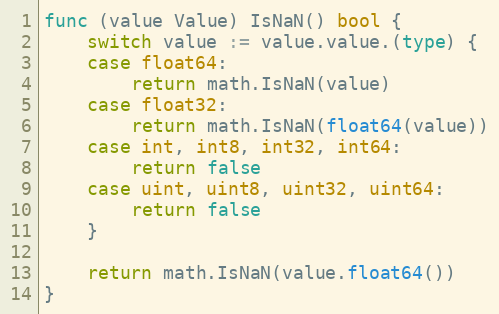
Language: Go
func (value Value) IsNaN() bool {
	switch value := value.value.(type) {
	case float64:
		return math.IsNaN(value)
	case float32:
		return math.IsNaN(float64(value))
	case int, int8, int32, int64:
		return false
	case uint, uint8, uint32, uint64:
		return false
	}

	return math.IsNaN(value.float64())
}